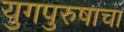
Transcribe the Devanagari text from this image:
युगपुरुषाचा